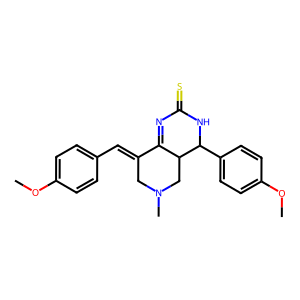
SMILES: COc1ccc(C=C2CN(C)CC3C2=NC(=S)NC3c2ccc(OC)cc2)cc1
Inhibits HIV replication: No